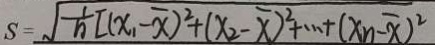
S = \sqrt { \frac { 1 } { n } [ ( x _ { 1 } - \overline { x } ) ^ { 2 } + ( x _ { 2 } - \overline { x } ) ^ { 2 } + \cdots + ( x _ { n - \overline { x } } ) ^ { 2 } }